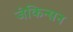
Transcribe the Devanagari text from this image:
जेकिन्सन